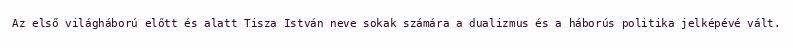
Az első világháború előtt és alatt Tisza István neve sokak számára a dualizmus és a háborús politika jelképévé vált.